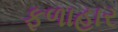
ફળાહાર